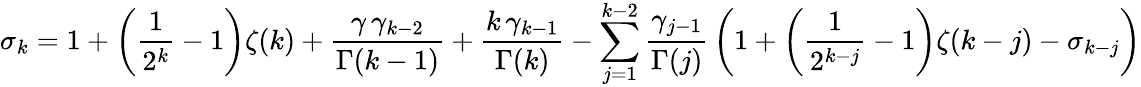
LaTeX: \sigma_{k}=1+\left(\frac{1}{2^{k}}-1\right)\zeta(k)+\frac{\gamma\, \gamma_{k-2}}{\Gamma(k-1)}+\frac{k\, \gamma_{k-1}}{\Gamma(k)}-\sum_{j=1}^{k-2}\frac{\gamma_{j-1}}{\Gamma(j)}\, \left(1+\left(\frac{1}{2^{k-j}}-1\right)\zeta(k-j)-\sigma_{k-j}\right)